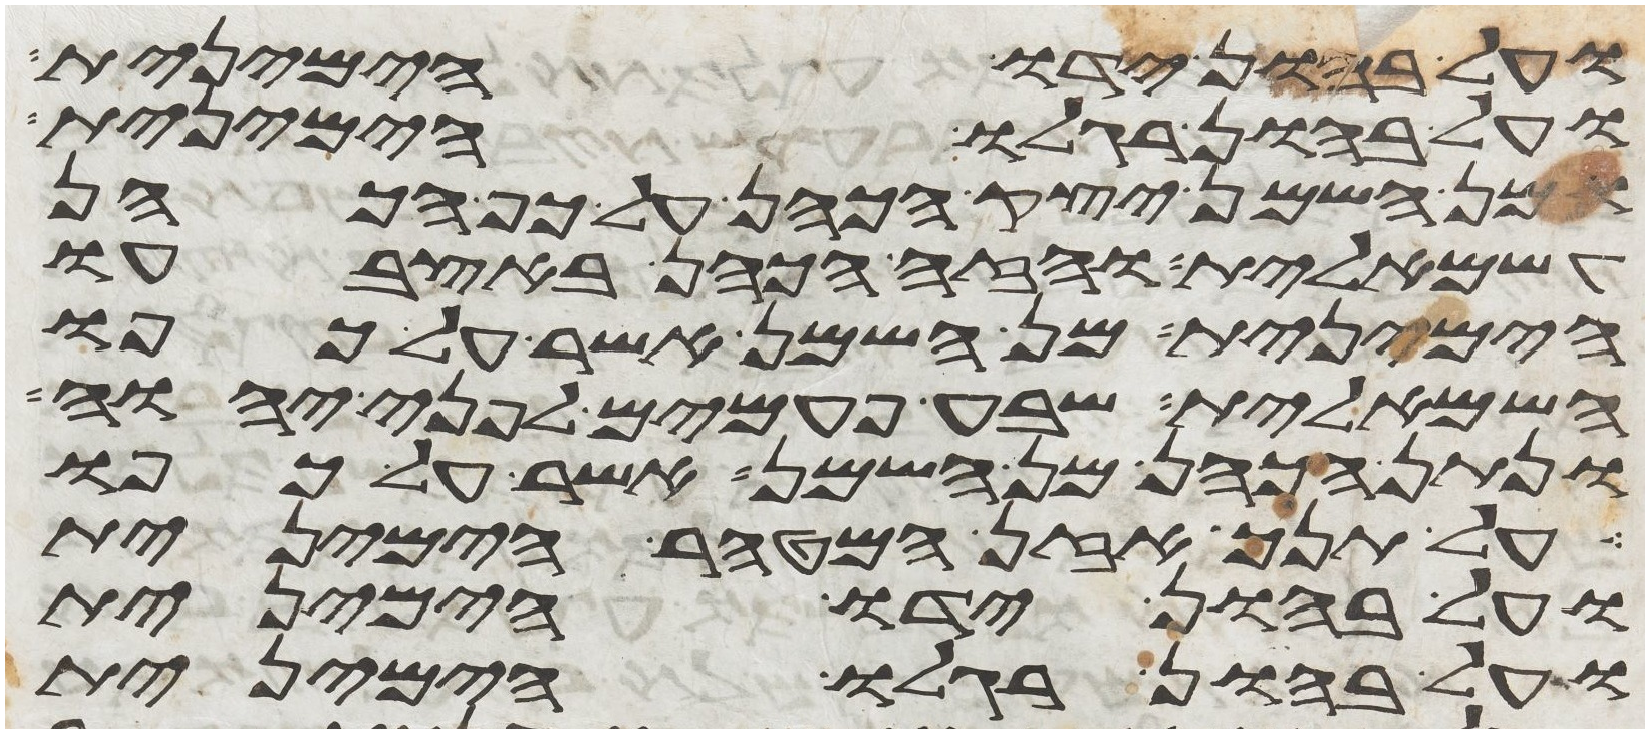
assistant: ועל בהון ידו הימנית
ועל בהון רגלו הימנית
ומן השמן יצק הכהן על כף הכהן
השמאלית והזה הכהן באצבעו
הימנית מן השמן אשר על כפו
השמאלית שבע פעמים לפני יהוה
ונתן הכהן מן השמן אשר על כפו
על תנך אזן המטהר הימנית
ועל בהון ידו הימנית
ועל בהון רגלו הימנית